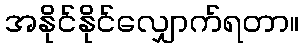
အနိုင်နိုင်လျှောက်ရတာ။